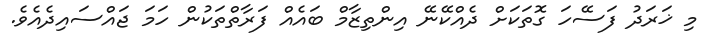
މި ޚަރަދު ފަސޭހަ ގޮތަކަށް ދެއްކޭނޭ އިންތިޒާމް ބައެއް ފަރާތްތަކުން ހަމަ ޖައްސައިދެއެވެ.